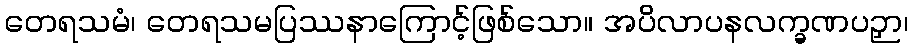
တေရသမံ၊ တေရသမပြဿနာကြောင့်ဖြစ်သော။ အပိလာပနလက္ခဏပဉှာ၊